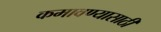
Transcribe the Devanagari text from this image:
कमावण्यासाठी